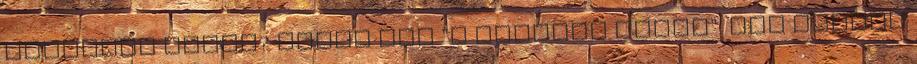
Winnetou része? Egyik sem "a Winetou része". Old Hunter